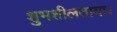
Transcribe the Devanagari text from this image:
शुभशीलताया।